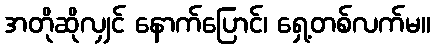
အတိုဆိုလျှင် နောက်ပြောင်၊ ရှေ့တစ်လက်မ။